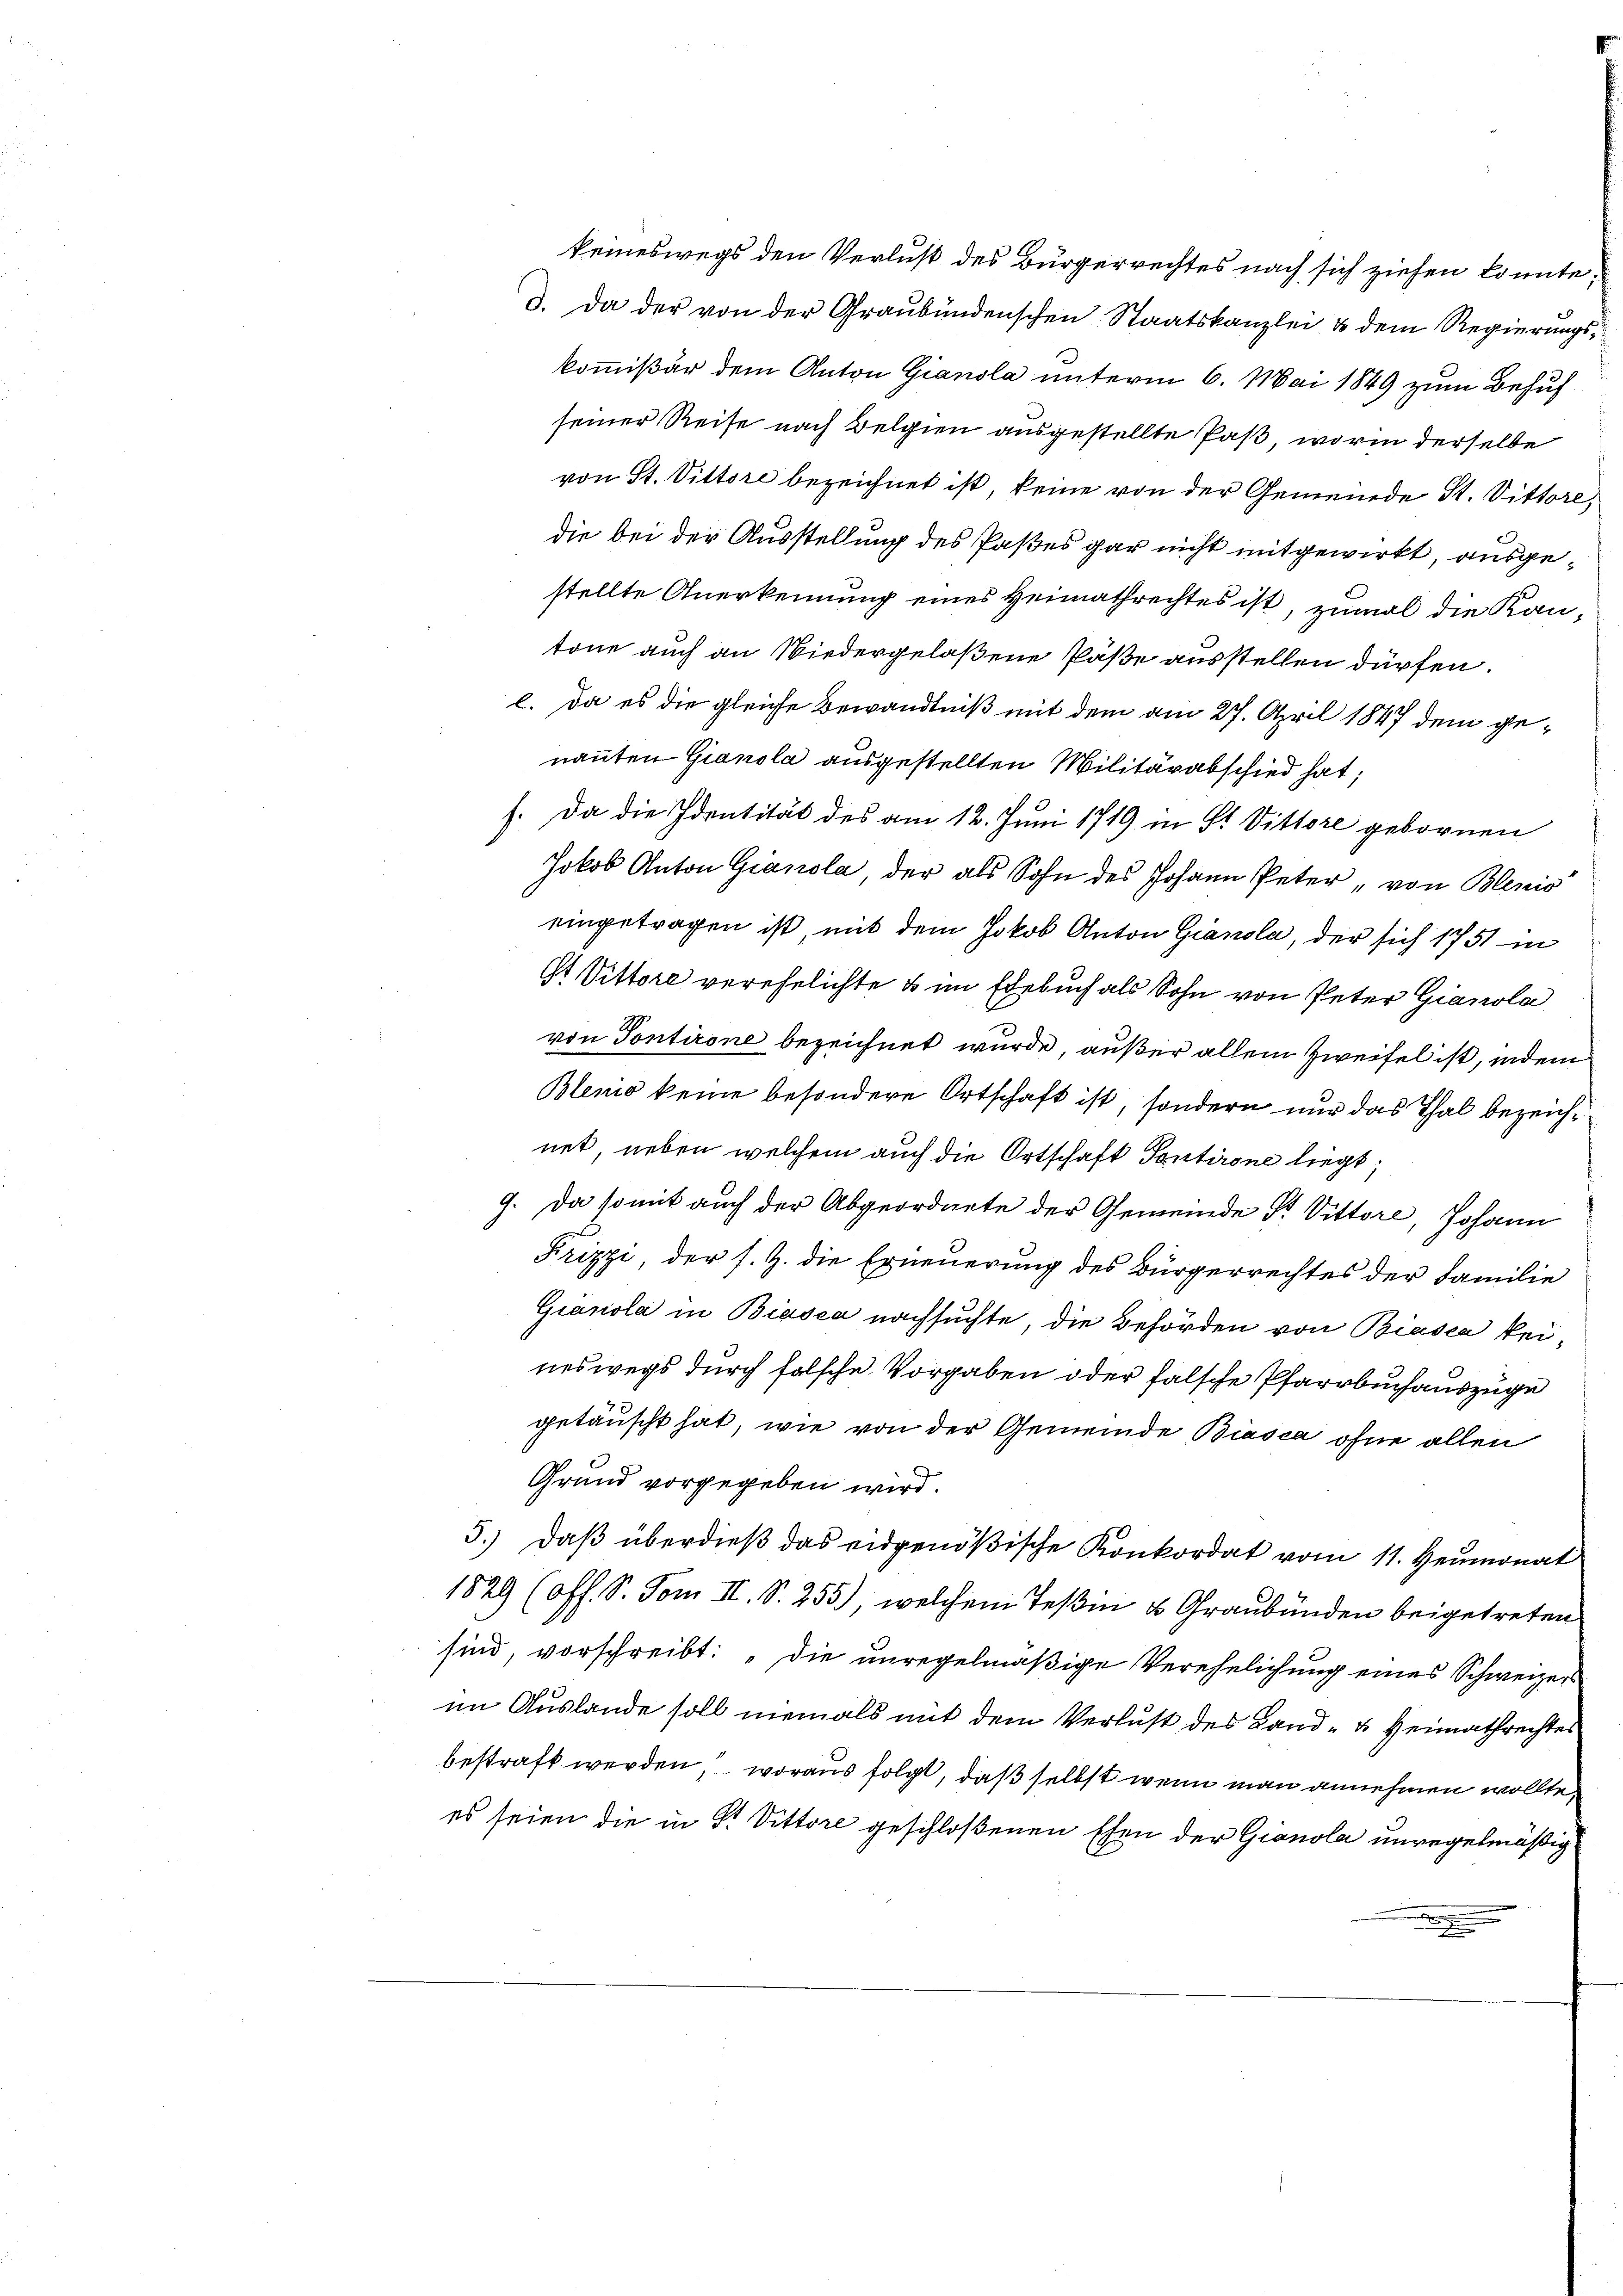
keineswegs den Verlust des Bürgerrechtes nach sich ziehen konnte;
d. Da der von der Graubündenschen Staatskanzlei & dem Regierungskommißär dem Anton Gianola unterm 6. Mai 1849 zum Behuf
seiner Reise nach Belgien ausgestellte Paß, worin derselbe
von St. Vittore bezeichnet ist, keine von der Gemeinde St. Vittore,
die bei der Ausstellung des Paßes gar nicht mitgewirkt, ausgestellte Anerkennung eines Heimathrechtes ist, zumal die Kantone auch an Niedergelaßene Päße ausstellen dürfen.
l. da es die gleiche Bewandtniß mit dem am 27. April 1847 dem genannten Gianola ausgestellten Militärabschied hat;
f. Da die Identität des am 12. Juni 1719 in St. Vittore gebornen
Jokob Anton Gianola, der als Sohn des Johann Peter, von Blenis
eingetragen ist, mit dem Jakob Anton Gianola, der sich 1751 in
St Vittore verehelichte & im Egebuch als Sohn von Peter Gianola
von Pontirone bezeichnet wurde, außer allein Zweifel ist, indem
Blenio keine besondere Ortschaft ist, sondern nur das Thal bezeichnet, neben welchem auch die Ortschaft Sontirone liegt;
9. Da somit auch der Abgeordnete der Gemeinde St. Vittore, Johann
Krizzi, der s. Z. die Erneuerung des Bürgerrechtes der Familie
Gianola in Biasca nachsuchte, die Behörden von Biasca kei
neswegs durch falsche Vorgaben oder falsche Pfarrbuchauszuge
getäuscht hat, wie von der Gemeinde Biasca ohne allen
Grund vorgegeben wird.
5.) Daß überdieß das eidgenößische Konkordat vom 11. Heumonat
1829 (Off. S. Tom II. S. 255), welchem Teßin u Graubünden beigetreten
sind, vorschreibt: „Die unregelmäßige Verehelichung eines Schweizers
im Auslande soll niemals mit dem Verlust des Land- u. Heimathrechtes
bestraft werden, – woraus folgt, daß selbst wenn man annehmen wollte,
es seien die in P. Vittore geschloßenen Ehen der Gianola unregelmäßig